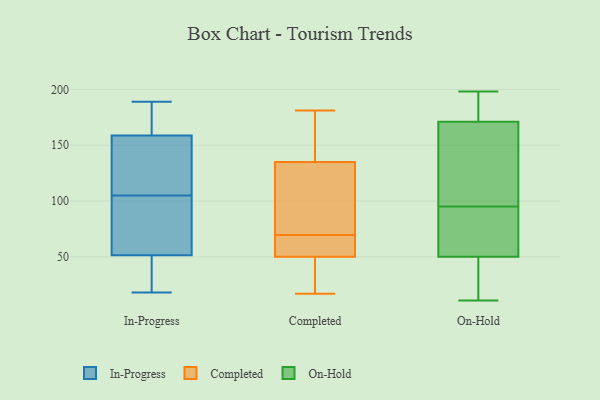
{"axis": {"x": "Budget (USD K)", "y": "Value"}, "legend": ["Completed", "In-Progress", "On-Hold"], "data": [{"x": "", "y": 18, "type": "In-Progress"}, {"x": "", "y": 50, "type": "In-Progress"}, {"x": "", "y": 122, "type": "In-Progress"}, {"x": "", "y": 113, "type": "In-Progress"}, {"x": "", "y": 188, "type": "In-Progress"}, {"x": "", "y": 95, "type": "In-Progress"}, {"x": "", "y": 187, "type": "In-Progress"}, {"x": "", "y": 114, "type": "In-Progress"}, {"x": "", "y": 105, "type": "In-Progress"}, {"x": "", "y": 29, "type": "In-Progress"}, {"x": "", "y": 177, "type": "In-Progress"}, {"x": "", "y": 97, "type": "In-Progress"}, {"x": "", "y": 189, "type": "In-Progress"}, {"x": "", "y": 38, "type": "In-Progress"}, {"x": "", "y": 56, "type": "In-Progress"}, {"x": "", "y": 60, "type": "In-Progress"}, {"x": "", "y": 24, "type": "In-Progress"}, {"x": "", "y": 171, "type": "In-Progress"}, {"x": "", "y": 109, "type": "In-Progress"}, {"x": "", "y": 66, "type": "Completed"}, {"x": "", "y": 64, "type": "Completed"}, {"x": "", "y": 135, "type": "Completed"}, {"x": "", "y": 174, "type": "Completed"}, {"x": "", "y": 50, "type": "Completed"}, {"x": "", "y": 181, "type": "Completed"}, {"x": "", "y": 17, "type": "Completed"}, {"x": "", "y": 80, "type": "Completed"}, {"x": "", "y": 48, "type": "Completed"}, {"x": "", "y": 73, "type": "Completed"}, {"x": "", "y": 175, "type": "On-Hold"}, {"x": "", "y": 138, "type": "On-Hold"}, {"x": "", "y": 95, "type": "On-Hold"}, {"x": "", "y": 174, "type": "On-Hold"}, {"x": "", "y": 138, "type": "On-Hold"}, {"x": "", "y": 88, "type": "On-Hold"}, {"x": "", "y": 133, "type": "On-Hold"}, {"x": "", "y": 11, "type": "On-Hold"}, {"x": "", "y": 198, "type": "On-Hold"}, {"x": "", "y": 57, "type": "On-Hold"}, {"x": "", "y": 80, "type": "On-Hold"}, {"x": "", "y": 170, "type": "On-Hold"}, {"x": "", "y": 44, "type": "On-Hold"}, {"x": "", "y": 33, "type": "On-Hold"}, {"x": "", "y": 198, "type": "On-Hold"}, {"x": "", "y": 52, "type": "On-Hold"}, {"x": "", "y": 14, "type": "On-Hold"}]}